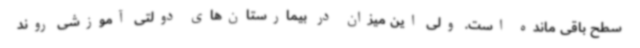
سطح باقی مانده است. ولی این میزان در بیمارستان‌های دولتی آموزشی روند